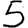
Digit: 5